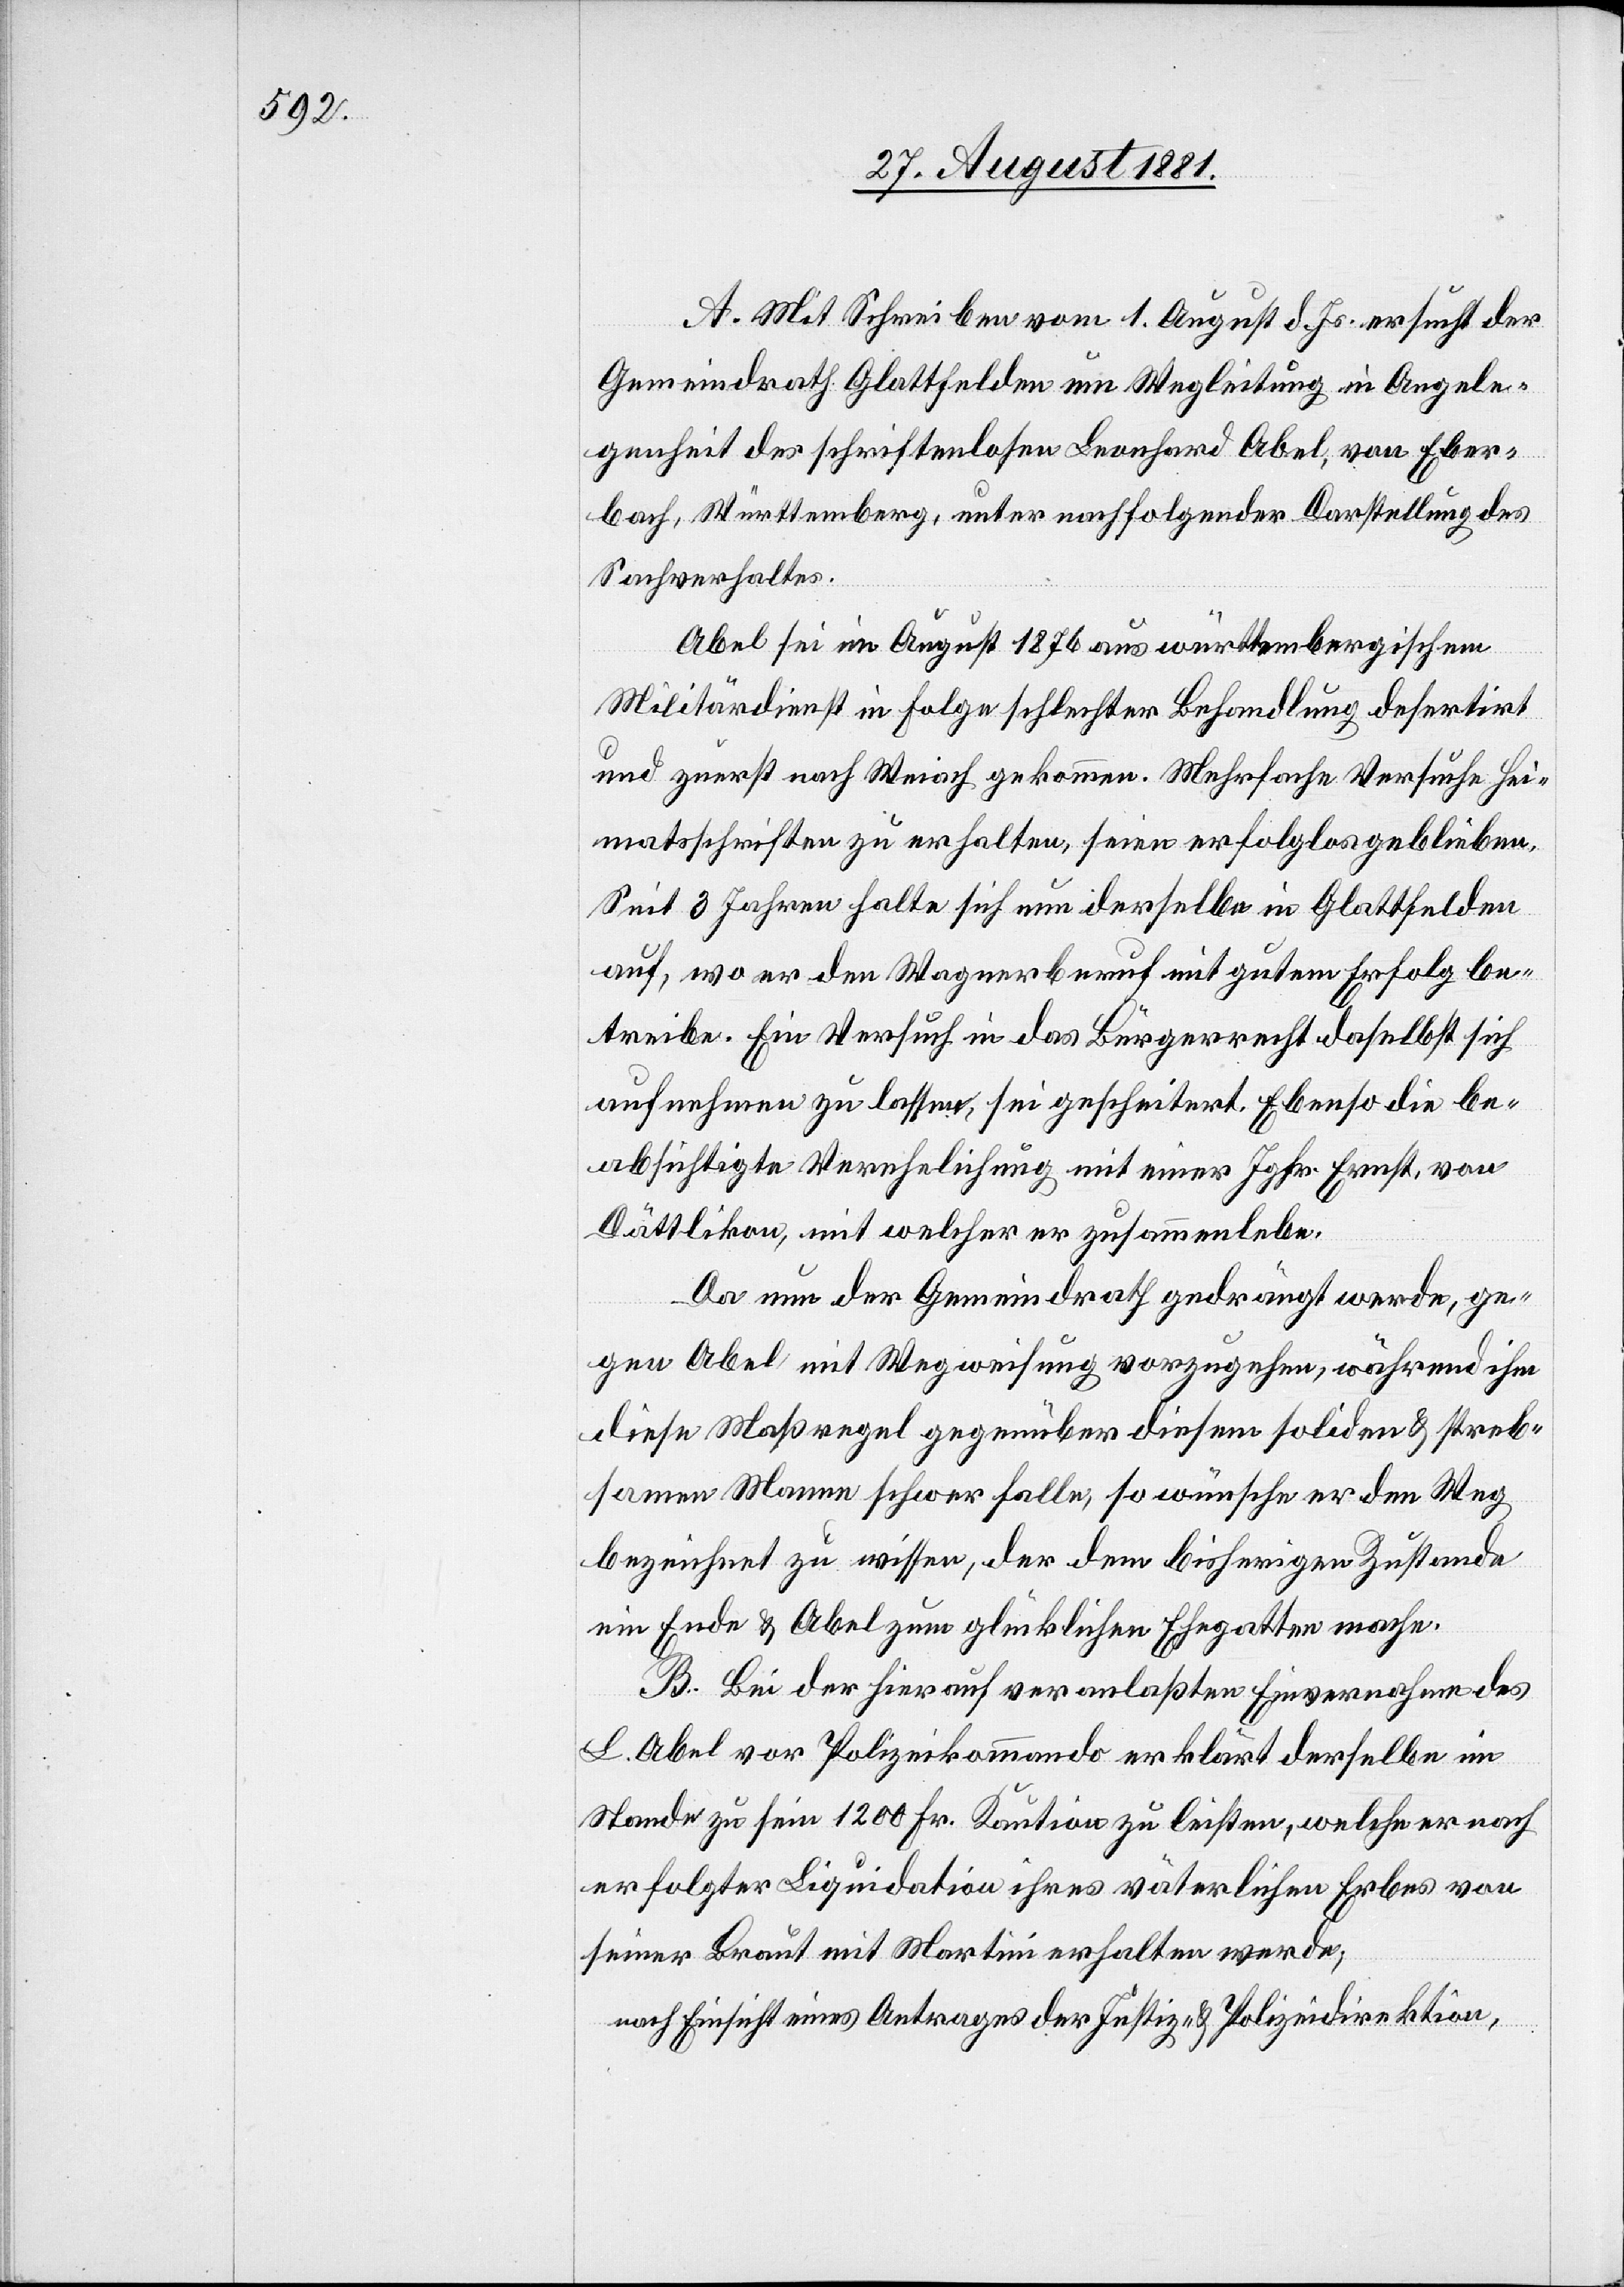
A. Mit Schreiben vom 1. August d. Js. ersucht der
Gemeindrath Glattfelden um Wegleitung in Angele¬
genheit des schriftenlosen Leonhard Abel, von Eber¬
bach, Württemberg, unter nachfolgender Darstellung des
Sachverhaltes.
Abel sei im August 1876 aus württembergischem
Militärdienst in Folge schlechter Behandlung desertirt
und zuerst nach Weiach gekommen. Mehrfache Versuche Hei¬
matsschriften zu erhalten, seien erfolglos geblieben.
Seit 3 Jahren halte sich nun derselbe in Glattfelden
auf, wo er den Wagnerberuf mit gutem Erfolg be¬
treibe. Ein Versuch in das Bürgerrecht daselbst sich
aufnehmen zu lassen, sei gescheitert. Ebenso die be¬
absichtigte Verehelichung mit einer Ighr. Ernst, von
Dättlikon, mit welcher er zusammenlebe.
Da nun der Gemeindrath gedrängt werde, ge¬
gen Abel mit Wegweisung vorzugehen, während ihm
diese Maßregel gegenüber diesem soliden & streb¬
samen Manne schwer falle, so wünsche er den Weg
bezeichnet zu wissen, der dem bisherigen Zustande
ein Ende & Abel zum glücklichen Ehegatten mache.
B. Bei der hierauf veranlaßten Einvernahme des
L. Abel vor Polizeikommando erklärt derselbe im
Stande zu sein 1200 Fr. Kaution zu leisten, welche er nach
erfolgter Liquidation ihres väterlichen Erbes von
seiner Braut mit Martini erhalten werde;
nach Einsicht eines Antrages der Justiz- & Polizeidirektion,